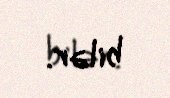
bilər.